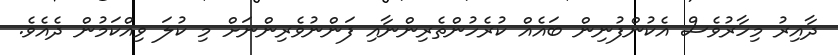
ދާއިރު މިހާރުވެސް އެކުންފުނިން ބައެއް ކުރެހުންތެރިންނާއި ފަންނުވެރިންނަށް މި ކުލަ ވިއްކަމުން ދެއެވެ.